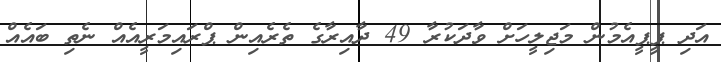
އަދި ޕީޕީއެމުން މަޖިލީހަށް ވާދަކުރާ 49 ދާއިރާގެ ތެރެއިން ޕްރައިމަރީއެއް ނެތި ބައެއް